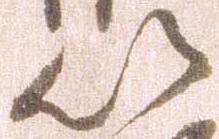
以